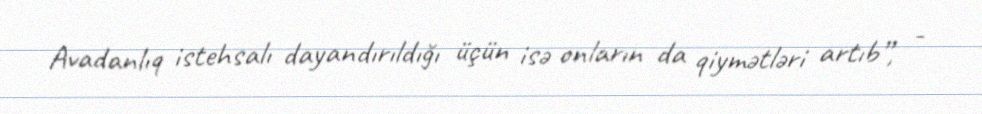
Avadanlıq istehsalı dayandırıldığı üçün isə onların da qiymətləri artıb”, -